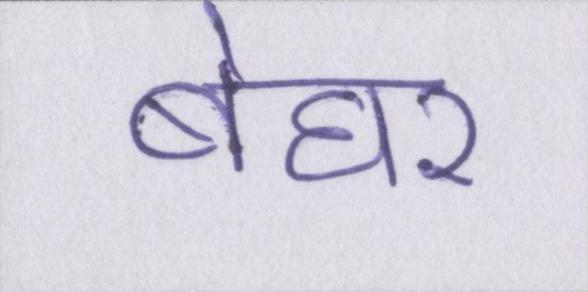
बेघर